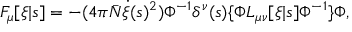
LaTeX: F _ { \mu } [ \xi | s ] = - ( 4 \pi { \bar { N } } \dot { \xi } ( s ) ^ { 2 } ) \Phi ^ { - 1 } \delta ^ { \nu } ( s ) \{ \Phi L _ { \mu \nu } [ \xi | s ] \Phi ^ { - 1 } \} \Phi ,